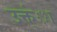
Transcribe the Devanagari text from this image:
उक्त्ंा